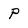
Character: P